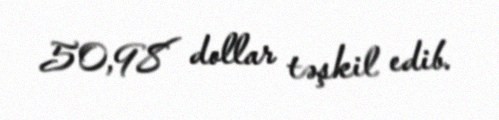
50,98 dollar təşkil edib.